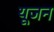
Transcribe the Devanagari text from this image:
यूजन